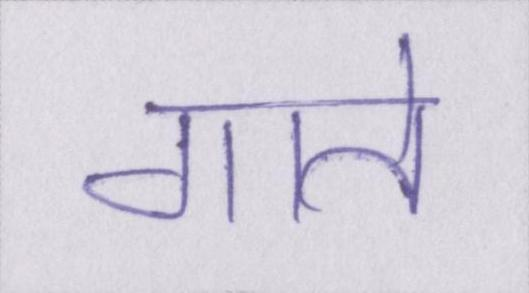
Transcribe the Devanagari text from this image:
गाते